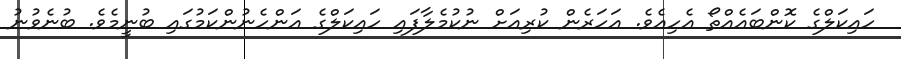
ހައިކަލްގެ ކޮންބައެއްތޯ އެހިއެވެ. އަހަރެން ކުރިއަށް ނުކުމެލާފައި ހައިކަލްގެ އަންހެނުންކަމުގައި ބުނީމެވެ. ބުނެވުނު